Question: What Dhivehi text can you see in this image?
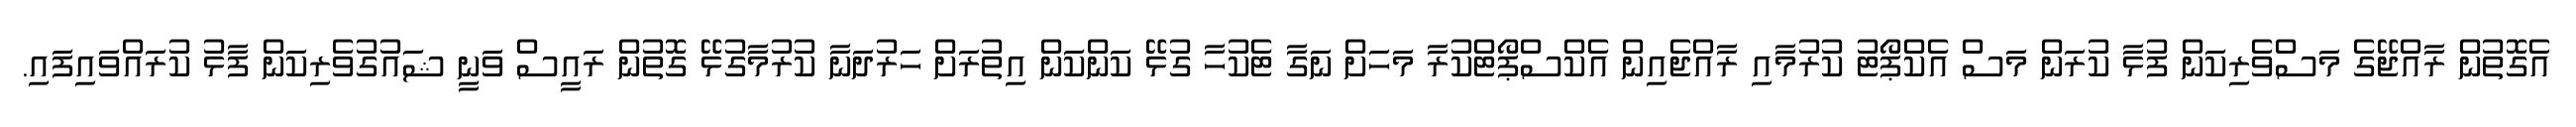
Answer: އެގޮތުން ރާއްޖޭގެ މަސްވެރިކަން ފުޅާ ކުރަން މަސް އެކްޕޯޓު ކުރުމާއި ރާއްޖެއިން އެކްސްޕޯޓްކުރާ މަހަށް ނަގާ ޓެކުހާ ގުޅޭ ކަންކަން އިތުރަށް ހަރުދަނާ ކުރުމާގުޅޭ ގޮތުން ރައީސް ވަނީ ޝައުގުވެރިކަން ފާޅު ކުރައްވައިފައި.